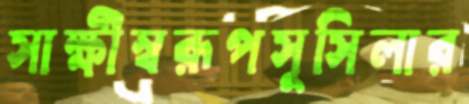
সাক্ষীস্বরূপসুসিলার